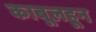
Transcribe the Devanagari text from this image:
काबूलहून